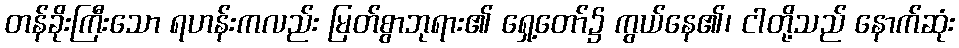
တန်ခိုးကြီးသော ရဟန်းကလည်း မြတ်စွာဘုရား၏ ရှေ့တော်၌ ကွယ်နေ၏၊ ငါတို့သည် နောက်ဆုံး